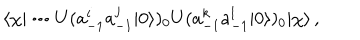
\langle \chi | \cdots U ( a _ { - 1 } ^ { i } a _ { - 1 } ^ { j } | 0 \rangle ) _ { 0 } U ( a _ { - 1 } ^ { k } a _ { - 1 } ^ { l } | 0 \rangle ) _ { 0 } | \chi \rangle \, ,